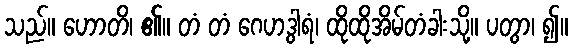
သည်။ ဟောတိ၊ ၏။ တံ တံ ဂေဟဒွါရံ၊ ထိုထိုအိမ်တံခါးသို့။ ပတွာ၊ ၍။